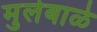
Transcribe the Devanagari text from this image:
मुलेबाळे